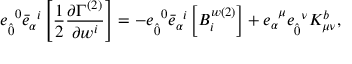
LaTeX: { e } _ { \hat { 0 } } ^ { \; \; 0 } { \bar { e } } _ { \alpha } ^ { \; \; i } \left[ \frac { 1 } { 2 } \frac { \partial \Gamma ^ { ( 2 ) } } { \partial w ^ { i } } \right] = - { e } _ { \hat { 0 } } ^ { \; \; 0 } { \bar { e } } _ { \alpha } ^ { \; \; i } \left[ B _ { i } ^ { w ( 2 ) } \right] + { e } _ { \alpha } ^ { \; \; \mu } { e } _ { \hat { 0 } } ^ { \; \; \nu } K _ { \mu \nu } ^ { b } ,